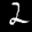
Label: 2